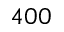
4 0 0